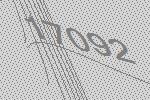
17092